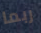
ربما